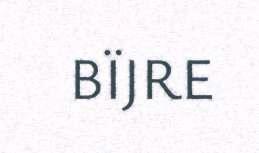
BÏJRE